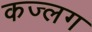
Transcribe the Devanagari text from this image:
कज्लग